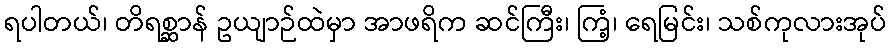
ရပါတယ်၊ တိရစ္ဆာန် ဥယျာဉ်ထဲမှာ အာဖရိက ဆင်ကြီး၊ ကြံ့၊ ရေမြင်း၊ သစ်ကုလားအုပ်